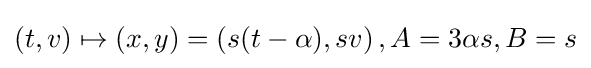
(t,v)\mapsto (x,y)=\left(s(t-\alpha ),sv\right),A=3\alpha s,B=s